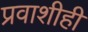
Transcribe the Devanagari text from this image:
प्रवाशीही